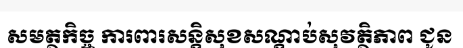
សមត្ថកិច្ច ការពារសន្តិសុខសណ្តាប់សុវត្ថិភាព ជូន